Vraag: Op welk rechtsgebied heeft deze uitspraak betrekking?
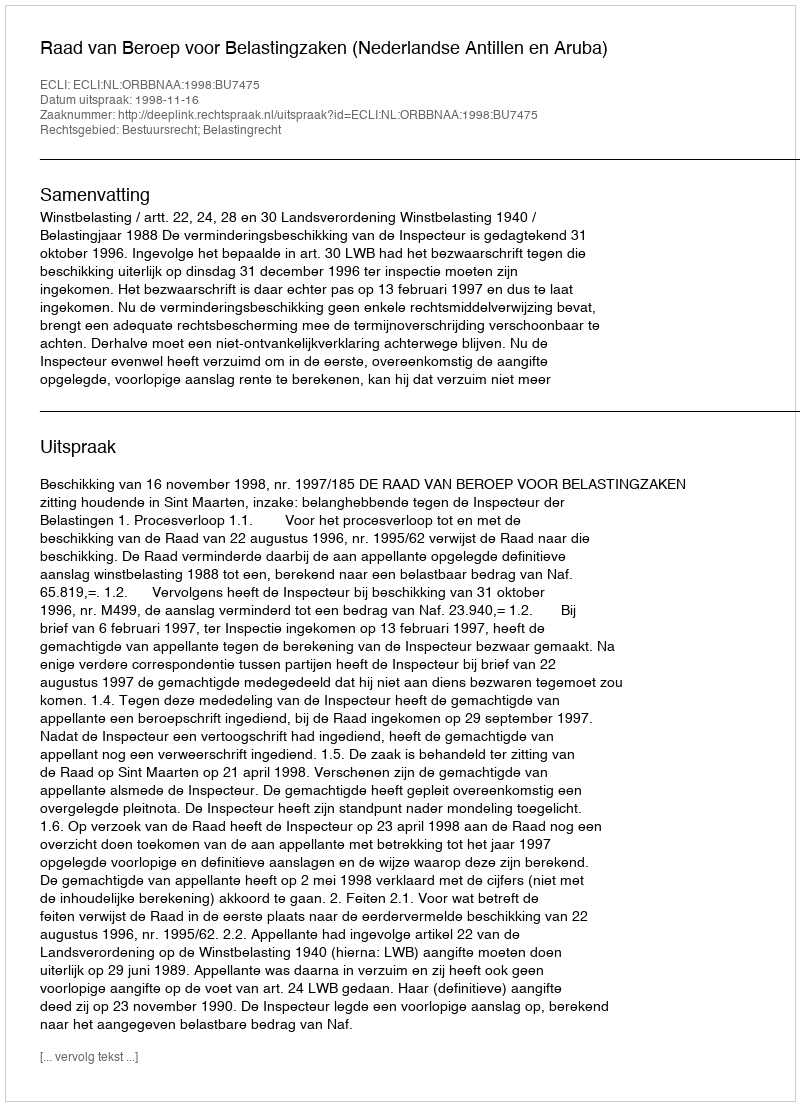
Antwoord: Bestuursrecht; Belastingrecht